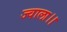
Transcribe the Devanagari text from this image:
ज्वाला।।